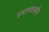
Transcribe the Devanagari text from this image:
प्रमाणशास्त्रीय